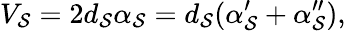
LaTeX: V_{\mathcal{S}}=2d_{\mathcal{S}}\alpha_{\mathcal{S}}=d_{\mathcal{S}}(\alpha_{\mathcal{S}}^{\prime}+\alpha_{\mathcal{S}}^{\prime\prime}),